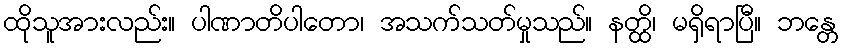
ထိုသူအားလည်း။ ပါဏာတိပါတော၊ အသက်သတ်မှုသည်။ နတ္ထိ၊ မရှိရာပြီ။ ဘန္တေ